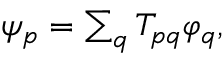
\begin{array} { r } { \psi _ { p } = \sum _ { q } T _ { p q } \varphi _ { q } , } \end{array}